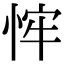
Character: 𢚄